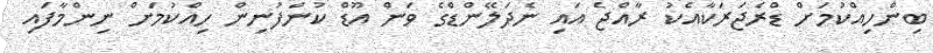
ބިންހިއްކުމަށް ޑްރެޖަރަކާއެކު ރާއްޖެ އައި ނެދަލޭންޑްގެ ވަން އޫޑް ކުންފުނިން ހިއްކުމަށް ނިންމާފައި